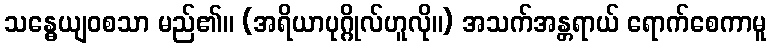
သန္ဓေယျဝစသာ မည်၏။ (အရိယာပုဂ္ဂိုလ်ဟူလို။) အသက်အန္တရာယ် ရောက်စေကာမူ